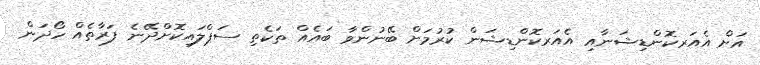
އަށް އެއަރކޮންޑިޝަނާއި އެއަރކޮންޑިޝަން ކުރުމަށް ބޭނުންވާ ބައެއް ތަކެތި ސަޕްލައިކޮށްދޭނެ ފަރާތެއް ހޯދަން